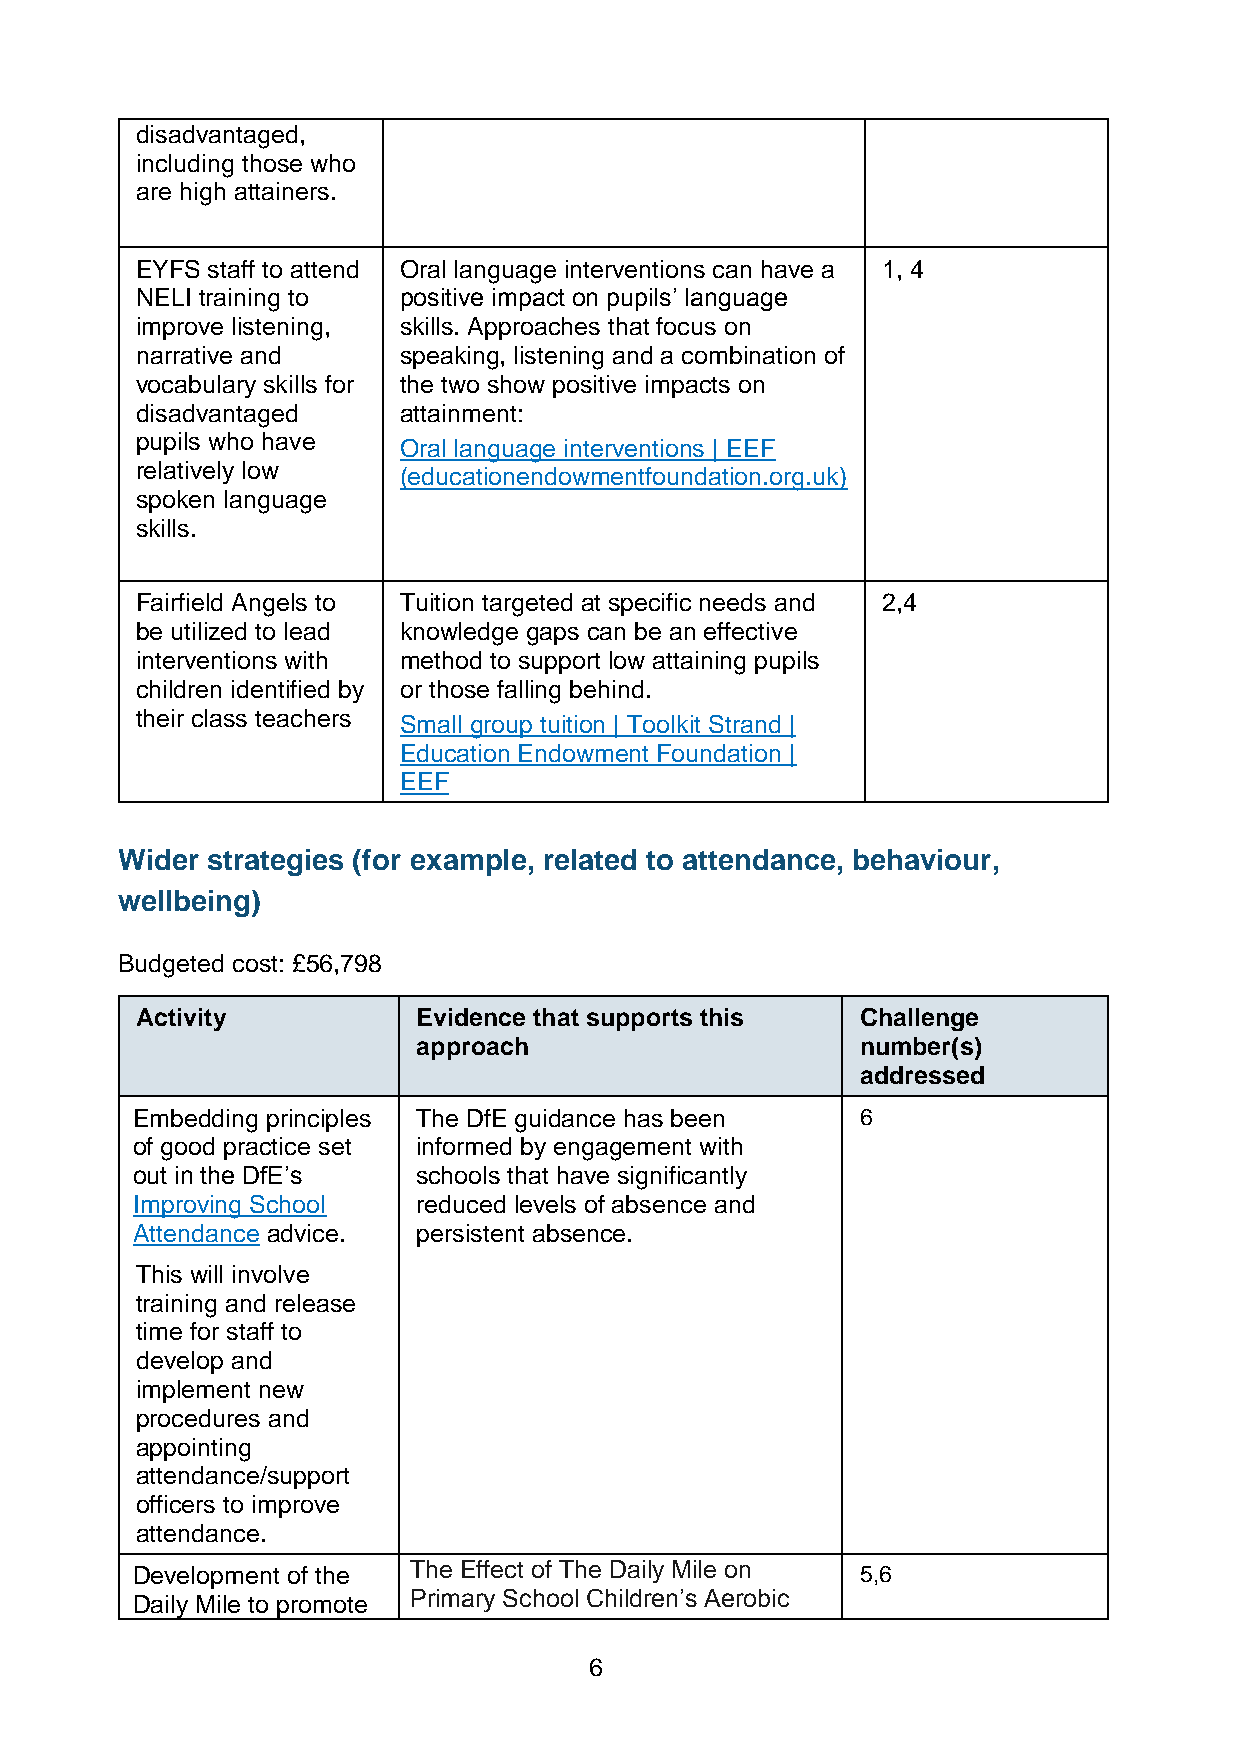
disadvantaged,
 including those who
 are high attainers.
 EYFS staff to attend Oral language interventions can have a 1, 4
 NELI training to positive impact on pupils’ language
 improve listening, skills. Approaches that focus on
 narrative and    speaking, listening and a combination of
 vocabulary skills for the two show positive impacts on
 disadvantaged    attainment:
 pupils who have  Oral language interventions | EEF
 relatively low   (educationendowmentfoundation.org.uk)
 spoken language
 skills.
 Fairfield Angels to Tuition targeted at specific needs and 2,4
 be utilized to lead knowledge gaps can be an effective
 interventions with method to support low attaining pupils
 children identified by or those falling behind.
 their class teachers Small group tuition | Toolkit Strand |
 Education Endowment Foundation |
 EEF
 Wider strategies (for example, related to attendance, behaviour,
 wellbeing)
 Budgeted cost: £56,798
 Activity           Evidence that supports this  Challenge
 approach                     number(s)
 addressed
 Embedding principles The DfE guidance has been  6
 of good practice set informed by engagement with
 out in the DfE’s   schools that have significantly
 Improving School   reduced levels of absence and
 Attendance advice. persistent absence.
 This will involve
 training and release
 time for staff to
 develop and
 implement new
 procedures and
 appointing
 attendance/support
 officers to improve
 attendance.
 Development of the The Effect of The Daily Mile on 5,6
 Daily Mile to promote Primary School Children’s Aerobic
 6